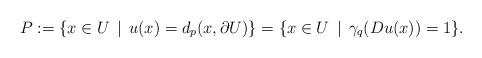
LaTeX: \begin{align*}P:=\{x\in U\,\mid\, u(x)=d_{p}(x,\partial U)\}=\{x\in U\,\mid\,\gamma_{q}(Du(x))=1\}.\end{align*}